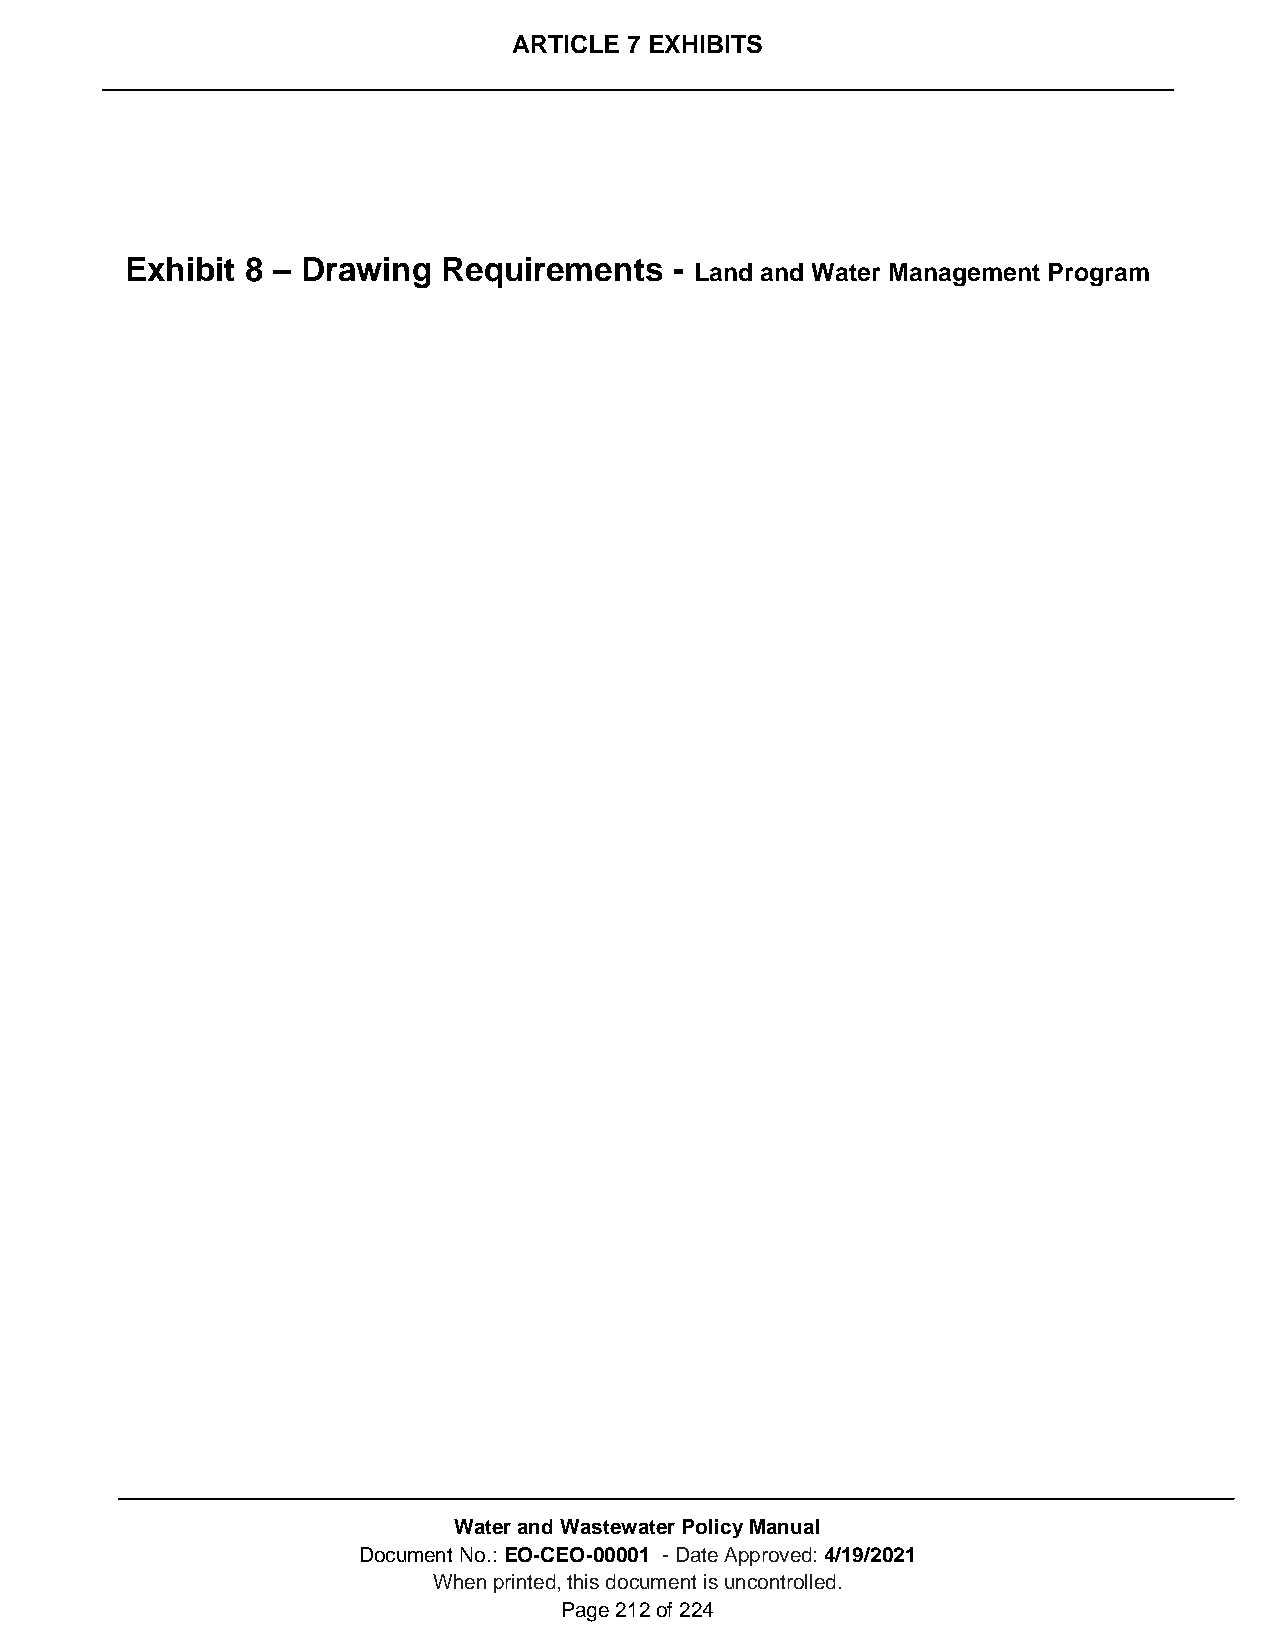
ARTICLE 7 EXHIBITS
 Exhibit 8 – Drawing  Requirements    -
 Land and Water Management Program
 Water and Wastewater Policy Manual
 Document No.: EO-CEO-00001 - Date Approved: 4/19/2021
 When printed, this document is uncontrolled.
 Page 212 of 224